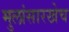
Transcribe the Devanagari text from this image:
मुलांसारखेच